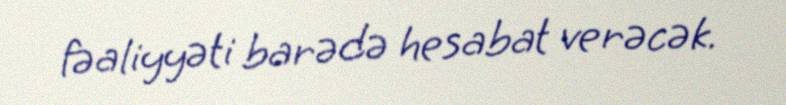
fəaliyyəti barədə hesabat verəcək.